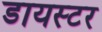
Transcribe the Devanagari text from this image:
डायस्टर